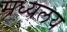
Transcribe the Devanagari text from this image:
मध्‍यलय